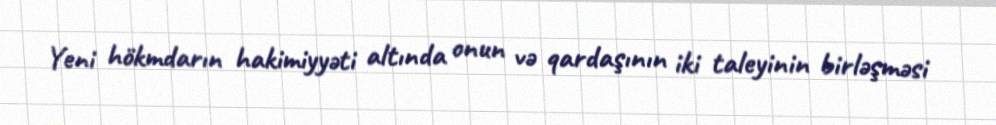
Yeni hökmdarın hakimiyyəti altında onun və qardaşının iki taleyinin birləşməsi